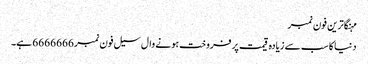
مہنگاترین فون نمبر
دنیا کا سب سے زیادہ قیمت پر فروخت ہونے وال سیل فون نمبر 6666666 ہے۔